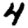
Digit: 4